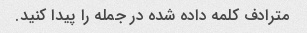
مترادف کلمه داده شده در جمله را پیدا کنید.